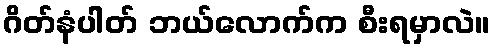
ဂိတ်နံပါတ် ဘယ်လောက်က စီးရမှာလဲ။